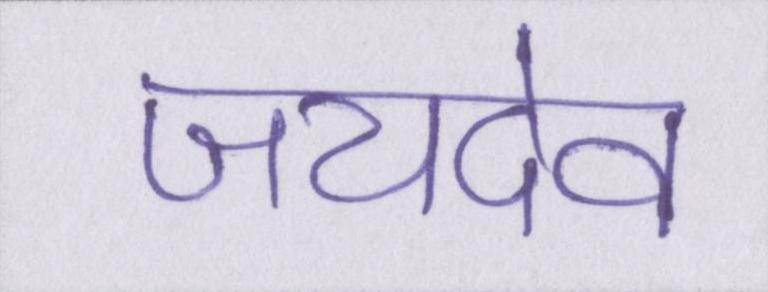
जयदेव